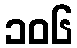
၁၀၆